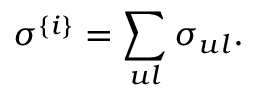
\sigma ^ { \{ i \} } = \sum _ { u l } \sigma _ { u l } .